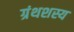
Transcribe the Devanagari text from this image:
ग्रंथशस्य